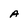
Character: A